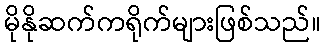
မိုနိုဆက်ကရိုက်များဖြစ်သည်။